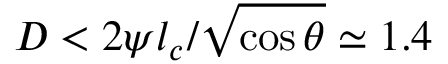
D < 2 \psi l _ { c } / \sqrt { \cos \theta } \simeq 1 . 4